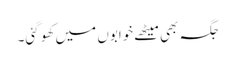
جگہ بھی میٹھے خوابوں میں کھو گئی۔